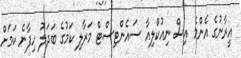
އީރާނުގެ އެންމެ އިސް ނިއުކްލިއާ ސައެންޓިސްޓް މަރާލި ކަމުގެ ބަދަލު ހިފާނެ ކަމަށް